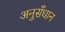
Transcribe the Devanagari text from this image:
अनुसँधान